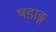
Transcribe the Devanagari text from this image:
षडाङ्ग